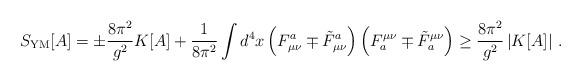
LaTeX: \begin{align*}S_{{\rm YM}}[A] = \pm \frac{8\pi^{2}}{g^{2}} K[A]+\frac{1}{8\pi^{2}}\int d^{4}x \left(F_{\mu\nu}^{a}\mp \tilde{F}_{\mu\nu}^{a}\right) \left(F^{\mu\nu}_{a}\mp \tilde{F}^{\mu\nu}_{a}\right) \geq \frac{8\pi^{2}}{g^{2}} \left| K[A] \right| \, . \end{align*}